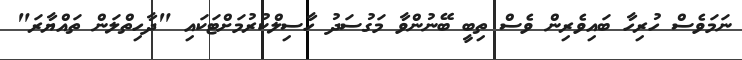
ނަމަވެސް ހުރިހާ ބައިވެރިން ވެސް ތިބީ ބޭނުންވާ މަގުސަދު ހާސިލްކުރުމަށްޓަކައި "ދާހިތްލަން ތައްޔާރަ"